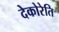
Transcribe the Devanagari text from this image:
देकोरेति